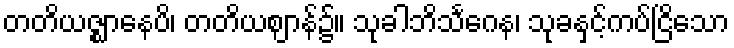
တတိယဇ္ဈာနေပိ၊ တတိယဈာန်၌။ သုခါဘိသင်္ဂေန၊ သုခနှင့်ကပ်ငြိသော